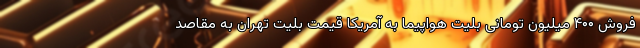
فروش ۴۰۰ میلیون تومانی بلیت هواپیما به آمریکا قیمت بلیت تهران به مقاصد